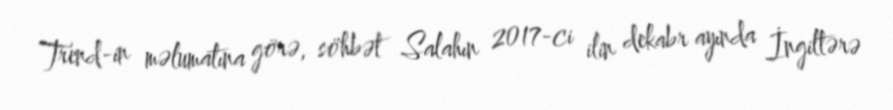
Trend-in məlumatına görə, söhbət Salahın 2017-ci ilin dekabr ayında İngiltərə